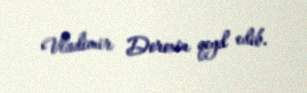
Vladimir Doroxin qeyd edib.